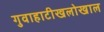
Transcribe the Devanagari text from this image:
गुवाहाटीखलोखाल